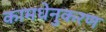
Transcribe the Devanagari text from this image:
कामधेनुकरण